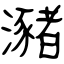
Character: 瀦